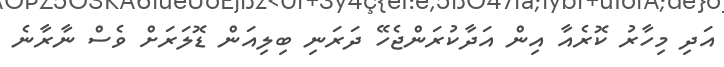
އަދި މިހާރު ކޮރެއާ އިން އަދާކުރަންޖެހޭ ދަރަނި ބިލިއަން ޑޮލަރަށް ވެސް ނާރާނެ